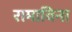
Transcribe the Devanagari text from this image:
रामाविना